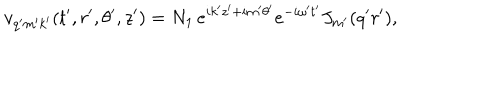
v _ { q ^ { \prime } m ^ { \prime } k ^ { \prime } } ( t ^ { \prime } , r ^ { \prime } , \theta ^ { \prime } , z ^ { \prime } ) = N _ { 1 } \, e ^ { i k ^ { \prime } z ^ { \prime } + i m ^ { \prime } \theta ^ { \prime } } e ^ { - i \omega ^ { \prime } t ^ { \prime } } J _ { m ^ { \prime } } ( q ^ { \prime } r ^ { \prime } ) ,